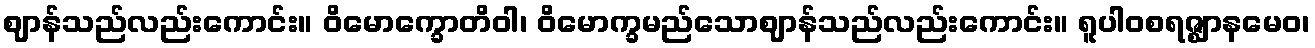
ဈာန်သည်လည်းကောင်း။ ဝိမောက္ခောတိဝါ၊ ဝိမောက္ခမည်သောဈာန်သည်လည်းကောင်း။ ရူပါဝစရဇ္ဈာနမေဝ၊